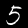
Label: 5